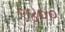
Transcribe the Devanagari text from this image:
९४००